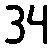
34